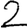
Digit: 2